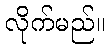
လိုက်မည်။